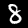
Digit: 8